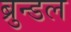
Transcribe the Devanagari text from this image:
ब्रुन्डल